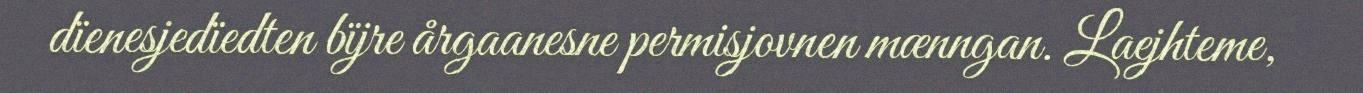
dïenesjedïedten bïjre årgaanesne permisjovnen mænngan. Laejhteme,